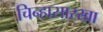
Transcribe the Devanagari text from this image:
चिन्हासारखा